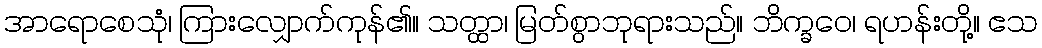
အာရောစေသုံ၊ ကြားလျှောက်ကုန်၏။ သတ္ထာ၊ မြတ်စွာဘုရားသည်။ ဘိက္ခဝေ၊ ရဟန်းတို့။ ဧသ